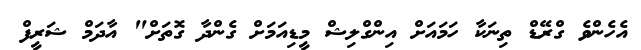
އެހެންވެ ގްރޭޑް ތިނަކާ ހަމައަށް އިންގްލިޝް މީޑިއަމަށް ގެންދާ ގޮތަށް" އާދަމް ޝަރީފް